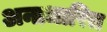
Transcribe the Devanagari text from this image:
अनाधारित